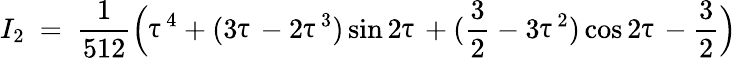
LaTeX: I_{2}\ =\ \frac{1}{512}\Big(\uptau^{4}+(3\uptau-2\uptau^{3})\sin 2\uptau+(\frac{3}{2}-3\uptau^{2})\cos 2\uptau-\frac{3}{2}\Big)